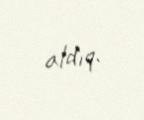
aldıq.